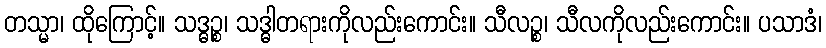
တသ္မာ၊ ထိုကြောင့်။ သဒ္ဓဉ္စ၊ သဒ္ဓါတရားကိုလည်းကောင်း။ သီလဉ္စ၊ သီလကိုလည်းကောင်း။ ပသာဒံ၊